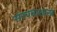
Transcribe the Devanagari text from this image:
संरचनाशास्त्र